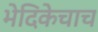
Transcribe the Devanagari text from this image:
भेदिकेचाच